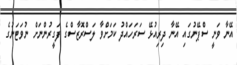
އޭނާ ވަނީ ސްޕޭނުގައި އޭނާ ދިރިއުޅޭ ސަރަހައްދު ކަމަށްވާ ލަސްރޮޒާސްގެ ފަގީރުންނަށް ނުވަޓަނުގެ